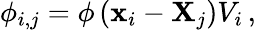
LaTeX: \phi_{i,j}=\phi\left(\mathbf{{x}}_{i}-\mathbf{{X}}_{j}\right)V_{i}\, ,